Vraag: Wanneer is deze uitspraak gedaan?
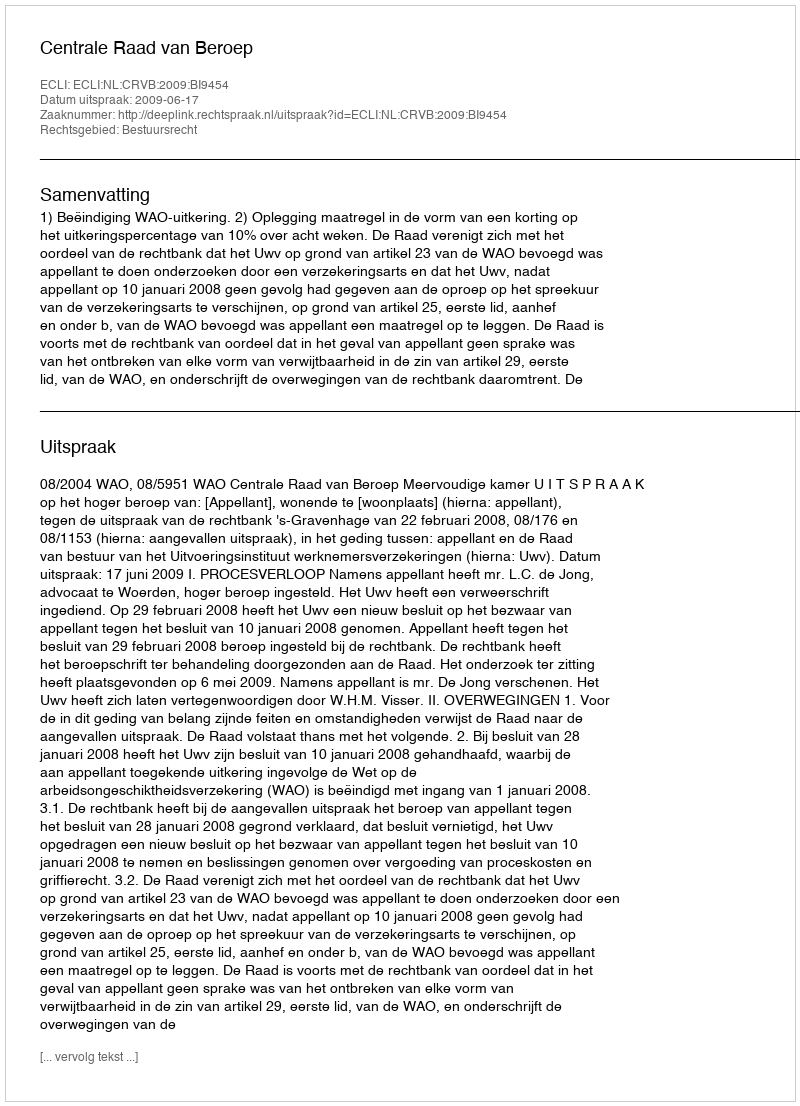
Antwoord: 2009-06-17